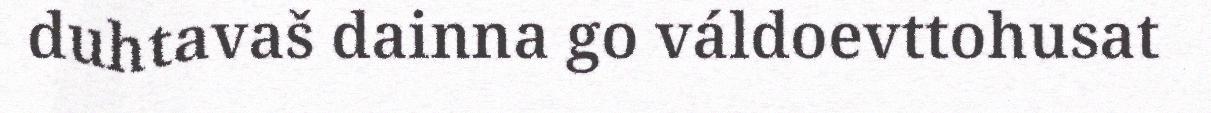
duhtavaš dainna go váldoevttohusat